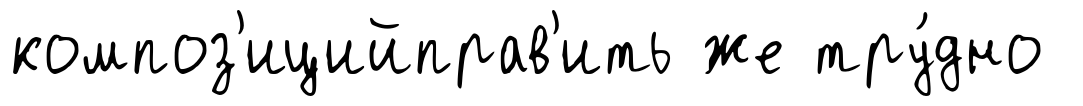
композ'ицийправ'ить же тру́дно